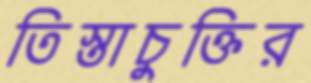
তিস্তাচুক্তির